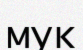
мук